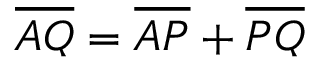
\overline { { A Q } } = \overline { { A P } } + \overline { { P Q } }